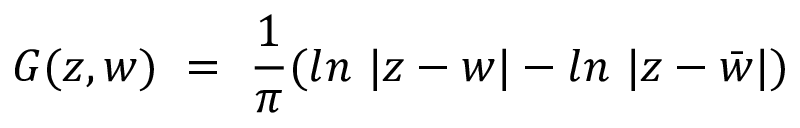
G ( z , w ) ~ = ~ { \frac { 1 } { \pi } } ( l n ~ | z - w | - l n ~ | z - \bar { w } | )